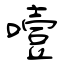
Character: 噎